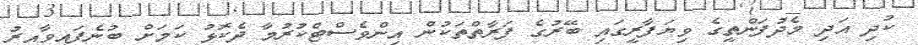
ކުދި އަދި މެދުފަންތީގެ ވިޔަފާރީގައި ބޭރުގެ ފަރާތްތަކުން އިންވެސްޓްކުރުމާ ދެކޮޅު ކަމަށް ބުނެފައިވާއިރު